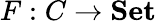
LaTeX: F:C\to{\textbf{Set}}